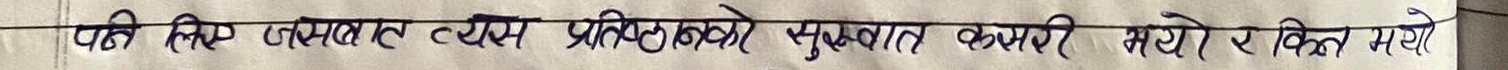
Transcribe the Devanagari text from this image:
पछिलिए जसलाई तत्व प्रतिक्षाको शुरुवात कमजोर भयो र किन भयो